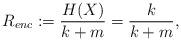
LaTeX: \begin{align*}R_{enc} := \frac{H(X)}{k+m} = \frac{k}{k+m},\end{align*}